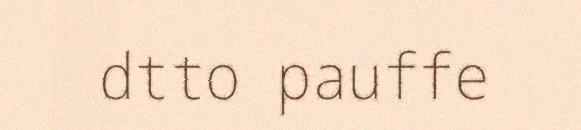
dtto pauffe